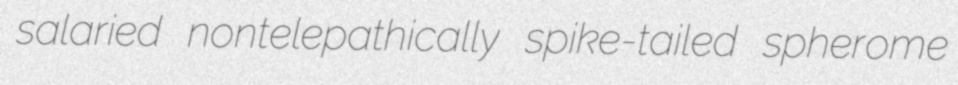
salaried nontelepathically spike-tailed spherome